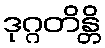
ဒုဂ္ဂတိန္တိ